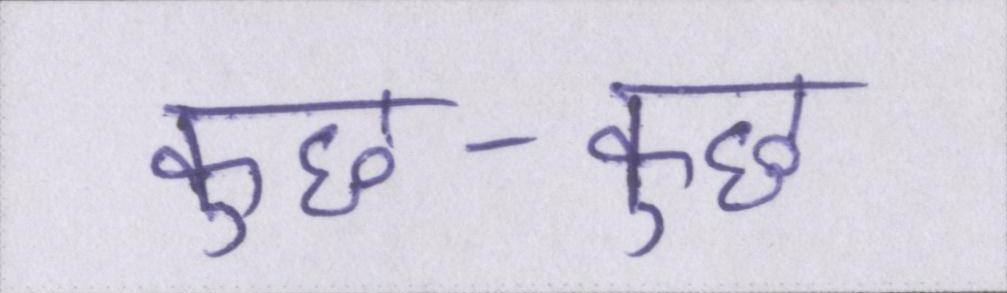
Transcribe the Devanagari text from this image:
कुछ-कुछ